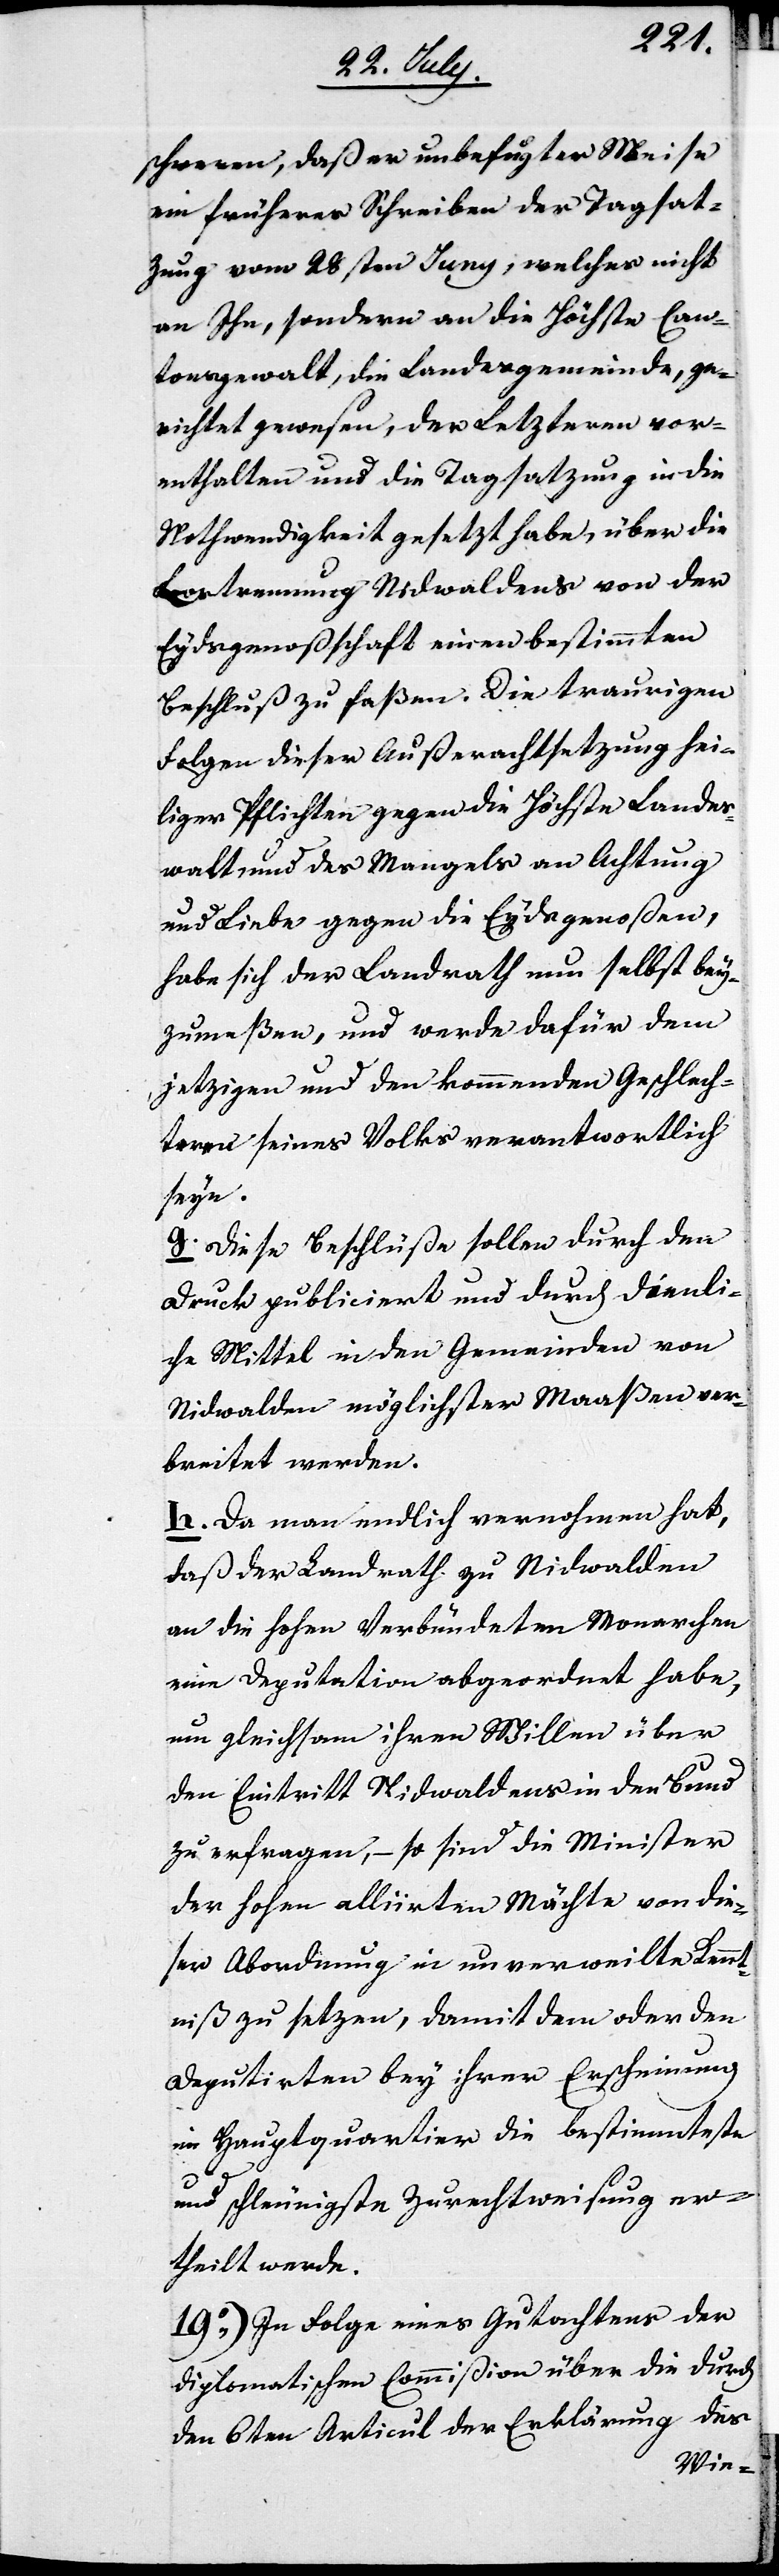
schweren, daß er unbefugter Weise
ein früheres Schreiben der Tagsat¬
zung vom 28sten Juny, welches nicht
an Ihn, sondern an die Höchste Can¬
tonsgewalt, die Landesgemeinde, ge¬
richtet gewesen, der Letzeren vor¬
enthalten und die Tagsatzung in die
Nothwendigkeit gesetzt habe, über die
Lostrennung Nidwaldens von der
Eydsgenoßenschaft einen bestimmten
Beschluß zu faßen. Die traurigen
Folgen dieser Außerachtsetzung hei¬
liger Plfichten gegen die Höchste Landes[g¬
e]walt und des Mangels an Achtung
und Liebe gegen die Eydsgenoßen,
habe sich der Landrath nun selbst bey¬
zumeßen, und werde dafür dem
jetzigen und den kommenden Geschlech¬
teren seines Volks verantwortlich
seyn.
g. Dieses Beschlüße sollen durch den
Druck publiciert und durch dienli¬
che Mittel in den Gemeinden von
Nidwalden möglichster Maaßen ver¬
breitet werden.
h. Da man endlich vernohmen hat,
daß der Landrath zu Nidwalden
an die Hohen Verbündeten Monarchen
eine Deputation abgeordnet habe,
um gleichsam ihren Willen über
den Eintritt Nidwaldens in den Bund
zu erfragen, – so sind die Minister
der Hohen alliirten Mächte von die¬
ser Abordnung in unverweilte Kennt¬
niß zu setzen, damit dem oder den
Deputierten bey ihrer Erscheinung
im Hauptquartier die bestimmteste
und schleunigste Zurechweisung er¬
theilt werde.
19.) In Folge eines Gutachtens der
Diplomatischen Commißion über die durch
den 6ten Articul der Erklärung des